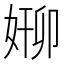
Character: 𫰸